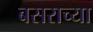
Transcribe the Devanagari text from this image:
बसराच्या